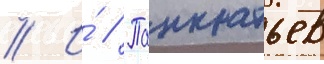
// И́ // Панкратьев